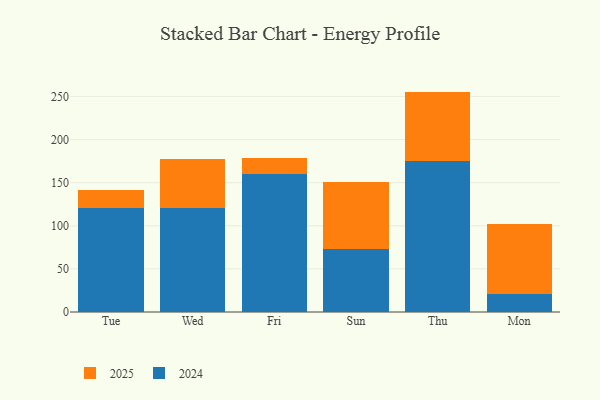
{"axis": {"x": "Day", "y": "Headcount"}, "legend": ["2024", "2025"], "data": [{"x": "Tue", "y": 20.5, "type": "2025"}, {"x": "Tue", "y": 121.1, "type": "2024"}, {"x": "Wed", "y": 56.2, "type": "2025"}, {"x": "Wed", "y": 120.8, "type": "2024"}, {"x": "Fri", "y": 18.9, "type": "2025"}, {"x": "Fri", "y": 160.0, "type": "2024"}, {"x": "Sun", "y": 77.8, "type": "2025"}, {"x": "Sun", "y": 72.5, "type": "2024"}, {"x": "Thu", "y": 80.7, "type": "2025"}, {"x": "Thu", "y": 174.9, "type": "2024"}, {"x": "Mon", "y": 80.2, "type": "2025"}, {"x": "Mon", "y": 21.3, "type": "2024"}]}